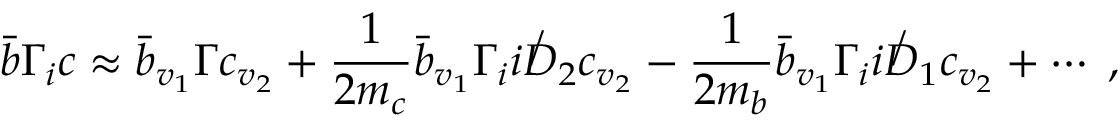
{ \bar { b } } \Gamma _ { i } c \approx { \bar { b } } _ { v _ { 1 } } \Gamma c _ { v _ { 2 } } + \frac { 1 } { 2 m _ { c } } { \bar { b } } _ { v _ { 1 } } \Gamma _ { i } i \not D _ { 2 } c _ { v _ { 2 } } - \frac { 1 } { 2 m _ { b } } { \bar { b } } _ { v _ { 1 } } \Gamma _ { i } i \not D _ { 1 } c _ { v _ { 2 } } + \cdots \; ,